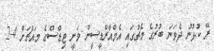
ރޭ ކުޅުނު ދެވަނަ ބުރުގެ މެޗުގައި އެމްއާރްޑީސީން ވަނީ ޓިޑްސްގެ މައްޗަށް 4-2